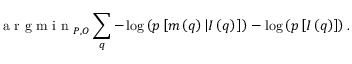
\textrm { a r g m i n } _ { P , O } \sum _ { \boldsymbol { q } } - \log \left( p \left[ m \left( \boldsymbol { q } \right) \left| I \left( \boldsymbol { q } \right) \right. \right] \right) - \log \left( p \left[ I \left( \boldsymbol { q } \right) \right] \right) .